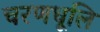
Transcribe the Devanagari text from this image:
चरणधूलि